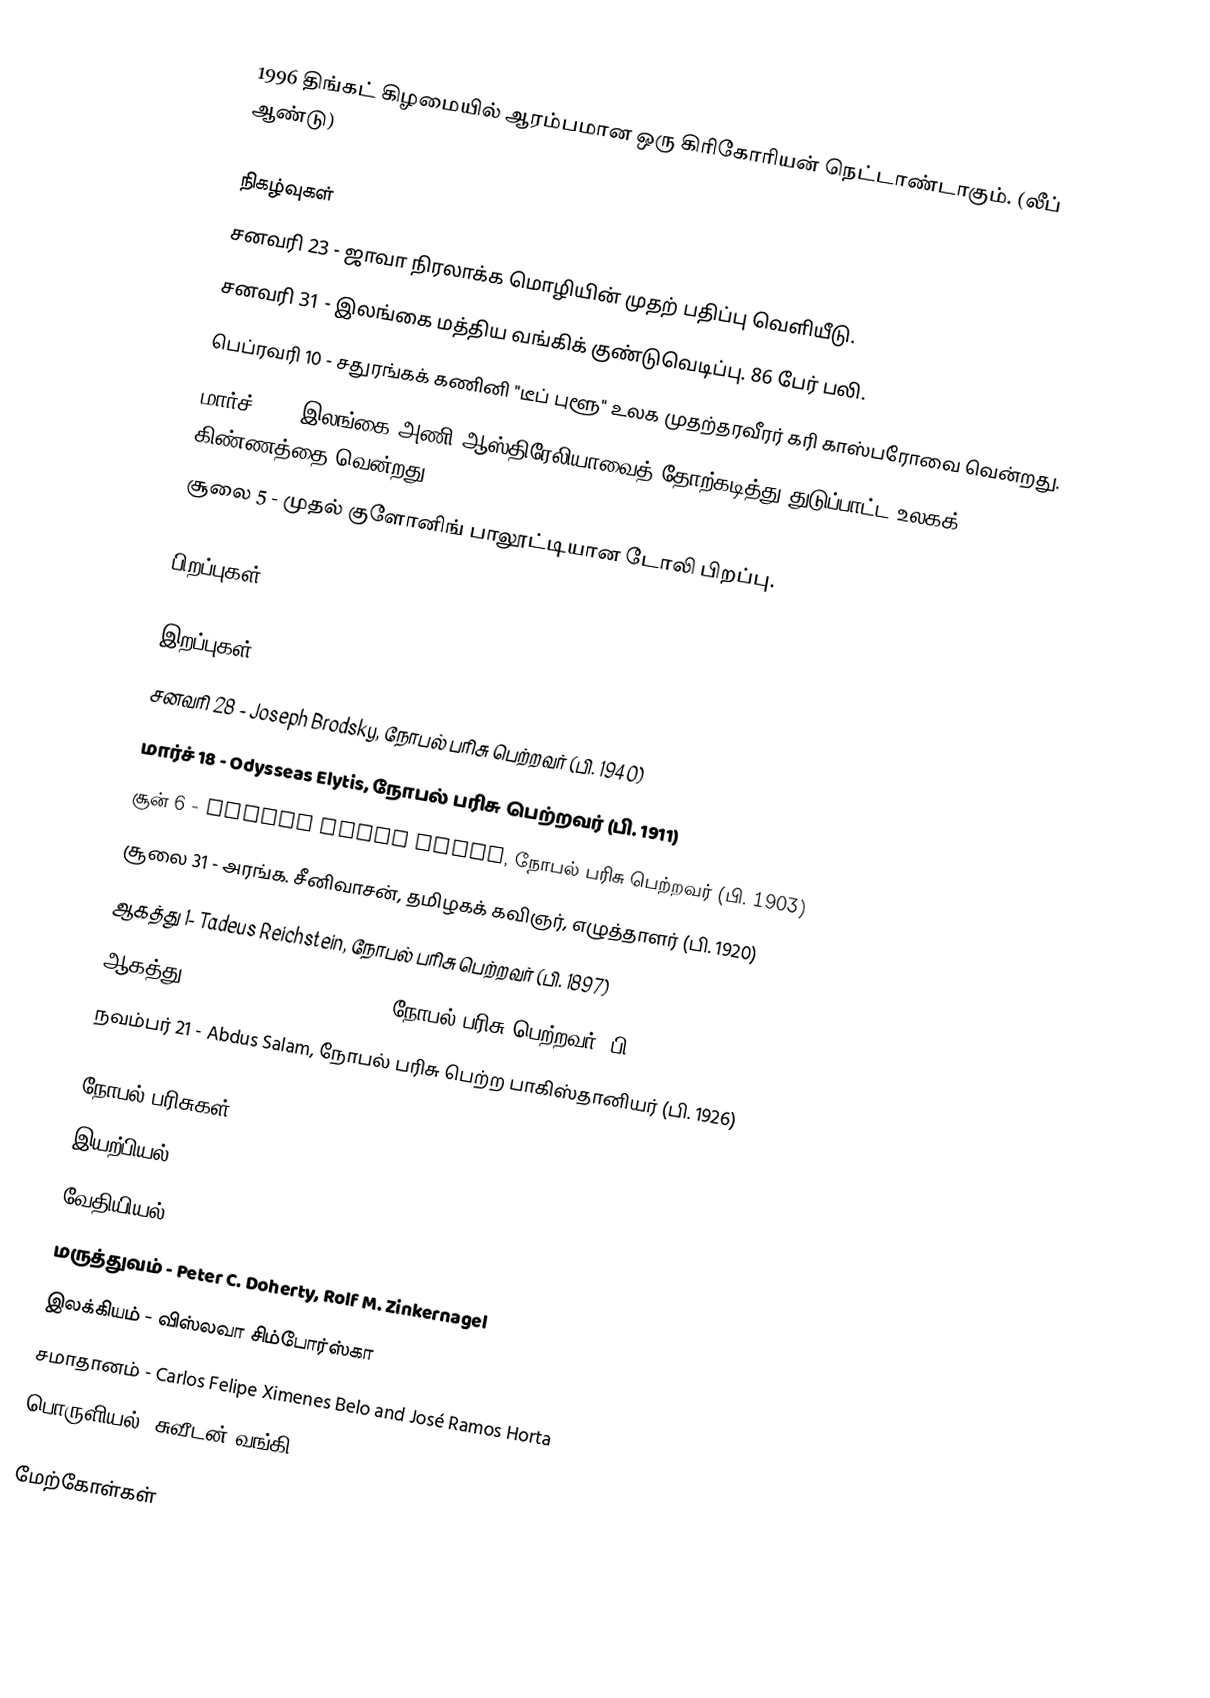
1996 திங்கட் கிழமையில் ஆரம்பமான ஒரு கிரிகோரியன் நெட்டாண்டாகும். (லீப் ஆண்டு)

நிகழ்வுகள்
 சனவரி 23 - ஜாவா நிரலாக்க மொழியின் முதற் பதிப்பு வெளியீடு.
 சனவரி 31 - இலங்கை மத்திய வங்கிக் குண்டுவெடிப்பு. 86 பேர் பலி.
 பெப்ரவரி 10 - சதுரங்கக் கணினி "டீப் புளூ" உலக முதற்தரவீரர் கரி காஸ்பரோவை வென்றது.
 மார்ச் 17 - இலங்கை அணி ஆஸ்திரேலியாவைத் தோற்கடித்து துடுப்பாட்ட உலகக் கிண்ணத்தை வென்றது.
 சூலை 5 - முதல் குளோனிங் பாலூட்டியான டோலி பிறப்பு.

பிறப்புகள்

இறப்புகள்
 சனவரி 28 - Joseph Brodsky, நோபல் பரிசு பெற்றவர் (பி. 1940)
 மார்ச் 18 - Odysseas Elytis, நோபல் பரிசு பெற்றவர் (பி. 1911)
 சூன் 6 - George Davis Snell, நோபல் பரிசு பெற்றவர் (பி. 1903)
 சூலை 31 - அரங்க. சீனிவாசன், தமிழகக் கவிஞர், எழுத்தாளர் (பி. 1920)
 ஆகத்து 1- Tadeus Reichstein, நோபல் பரிசு பெற்றவர் (பி. 1897)
 ஆகத்து 8 - Nevill Francis Mott, நோபல் பரிசு பெற்றவர் (பி. 1905)
 நவம்பர் 21 - Abdus Salam, நோபல் பரிசு பெற்ற பாகிஸ்தானியர் (பி. 1926)

நோபல் பரிசுகள்
 இயற்பியல் - David M. Lee, Douglas D. Osheroff, Robert C. Richardson
 வேதியியல் - Robert Curl, Sir Harold Kroto, Richard Smalley
 மருத்துவம் - Peter C. Doherty, Rolf M. Zinkernagel
 இலக்கியம் - விஸ்லவா சிம்போர்ஸ்கா
 சமாதானம் - Carlos Felipe Ximenes Belo and José Ramos Horta
 பொருளியல் (சுவீடன் வங்கி) - James Mirrlees, William Vickrey

மேற்கோள்கள்